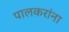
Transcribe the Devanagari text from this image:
पालकरांना